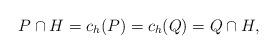
LaTeX: \begin{align*}P\cap H = c_h(P) = c_h(Q) = Q\cap H, \end{align*}